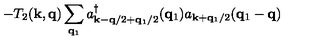
- T _ { 2 } ( { \bf { k } } , { \bf { q } } ) \sum _ { { \bf { q } } _ { 1 } } a _ { { \bf { k } } - { \bf { q } } / 2 + { \bf { q } } _ { 1 } / 2 } ^ { \dagger } ( { \bf { q } } _ { 1 } ) a _ { { \bf { k } } + { \bf { q } } _ { 1 } / 2 } ( { \bf { q } } _ { 1 } - { \bf { q } } )